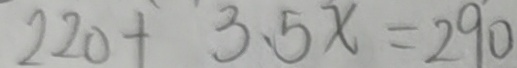
2 2 0 + 3 . 5 x = 2 9 0